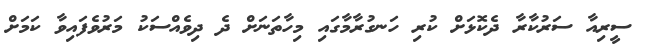
ސީރިއާ ސަރުކާރާ ދެކޮޅަށް ކުރި ހަނގުރާމާގައި މިހާތަނަށް ދެ ދިވެއްސަކު މަރުވެފައިވާ ކަމަށް